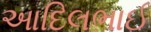
આદિલભાઈ